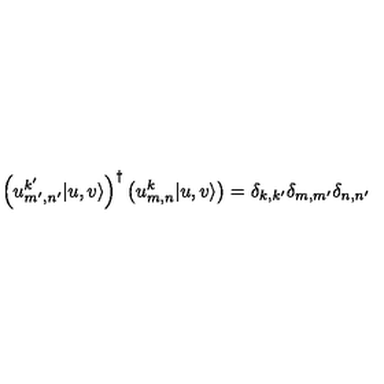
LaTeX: \left( u _ { m ^ { \prime } , n ^ { \prime } } ^ { k ^ { \prime } } | u , v \rangle \right) ^ { \dagger } \left( u _ { m , n } ^ { k } | u , v \rangle \right) = \delta _ { k , k ^ { \prime } } \delta _ { m , m ^ { \prime } } \delta _ { n , n ^ { \prime } }